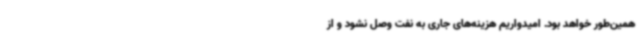
همین‌طور خواهد بود. امیدواریم هزینه‌های جاری به نفت وصل نشود و از